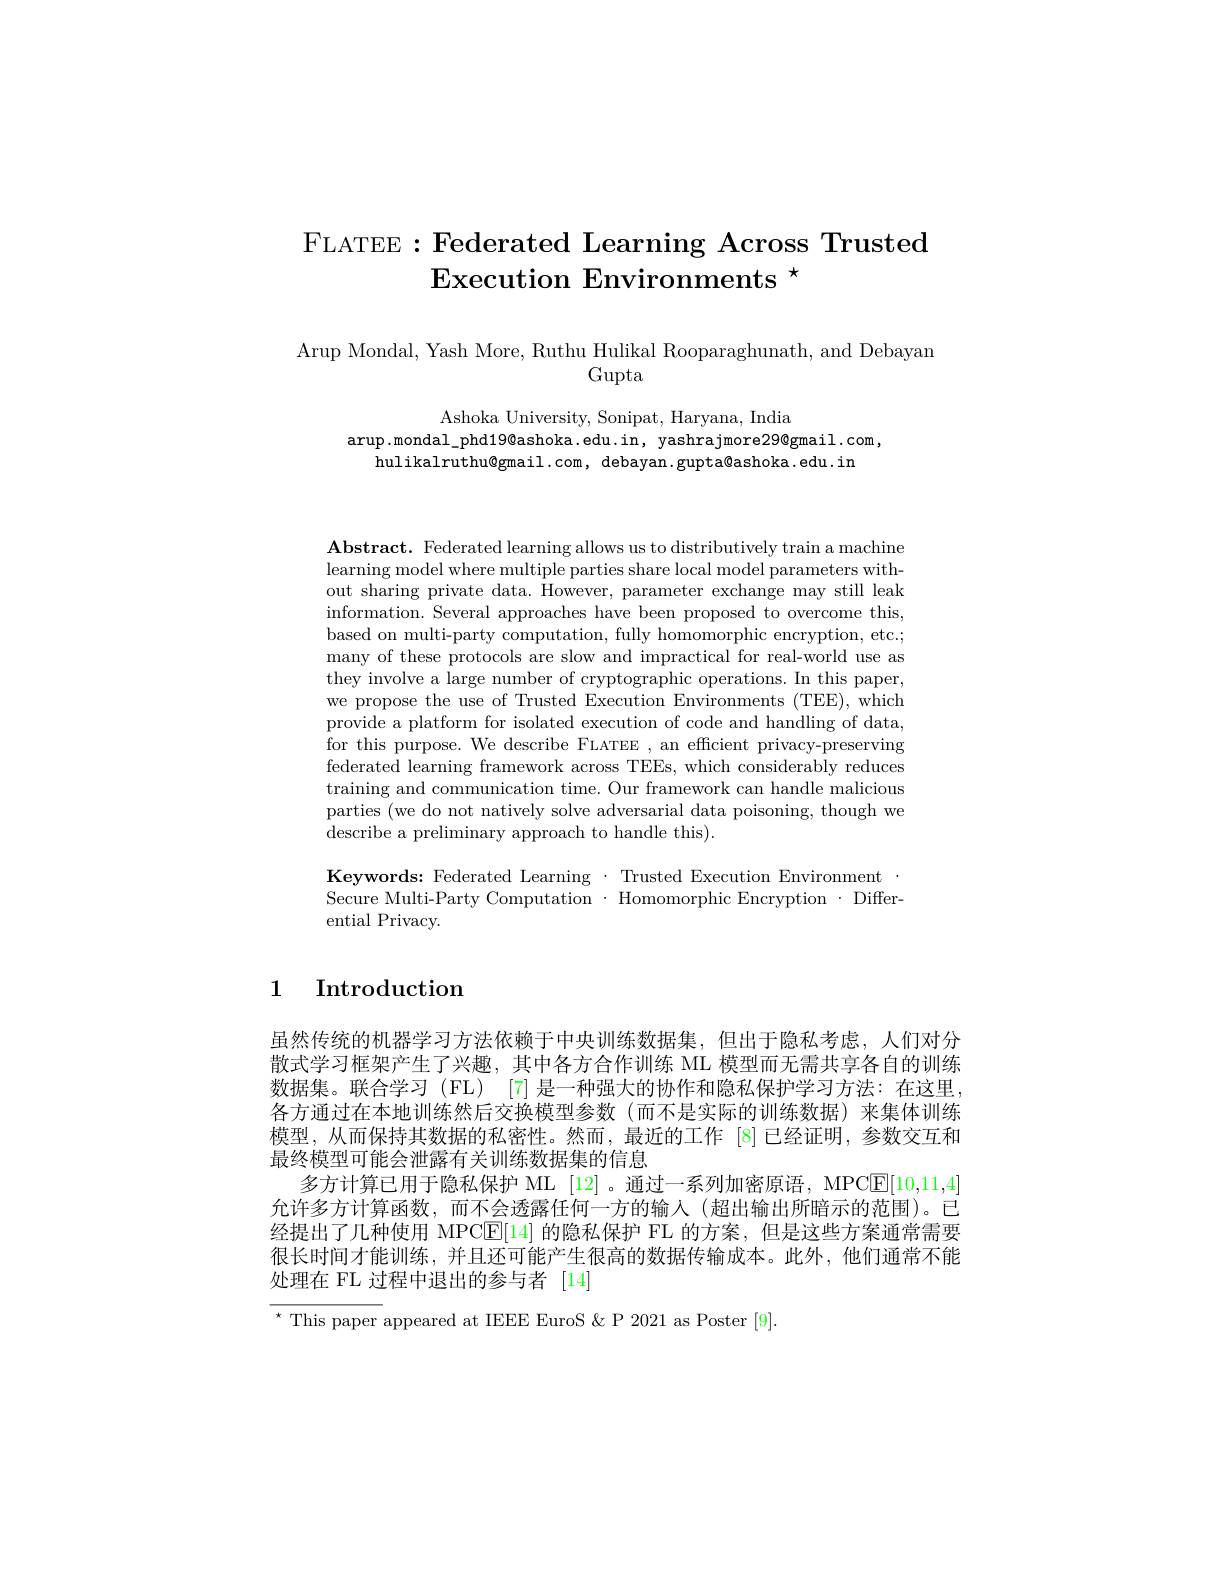
# $\mathrm{F}_{\mathrm{LATEE}}:$Federated Learning Across Trusted $\mathbf{E} \text{xecution Environments }^{\star }$

Arup Mondal, Yash More, Ruthu Hulikal Rooparaghunath, and Debayan
Gupta

Ashoka University, Sonipat, Haryana, India
arup.mondal_phd19@ashoka.edu.in, yashrajmore29@gmail.com,
hulikalruthu@gmail.com, debayan.gupta@ashoka.edu.in

$\mathbf{Abstract.~Federated~learning~allows~us~to~distributively~train~a~machine}$ learning model where multiple parties share local model parameters without sharing private data. However, parameter exchange may still leak information. Several approaches have been proposed to overcome this, based on multi-party computation, fully homomorphic encryption, etc.; many of these protocols are slow and impractical for real-world use as they involve a large number of cryptographic operations. In this paper, we propose the use of Trusted Execution Environments (TEE), which provide a platform for isolated execution of code and handling of data, for this purpose. We describe FLATEE , an efficient privacy-preserving federated learning framework across TEEs, which considerably reduces training and communication time. Our framework can handle malicious parties (we do not natively solve adversarial data poisoning, though we describe a preliminary approach to handle this).

$\begin{array}{l}{\mathbf{Keywords:~Federated~Learning~}\cdot~\mathrm{Trusted~Execution~Environment~}.}\\{\mathrm{Secure~Multi-Party~Computation~}\cdot~\mathrm{Homomorphic~Encryption~}\cdot~\mathrm{Differ}.}\end{array}$
ential Privacy.

1 Introduction

虽然传统的机器学习方法依赖于中央训练数据集，但出于隐私考虑，人们对分散式学习框架产生了兴趣，其中各方合作训练 ML 模型而无需共享各自的训练数据集。联合学习(FL) [7]是一种强大的协作和隐私保护学习方法：在这里各方通过在本地训练然后交换模型参数 (而不是实际的训练数据) 来集体训练模型，从而保持其数据的私密性。然而，最近的工作 [8]已经证明，参数交互和最终模型可能会泄露有关训练数据集的信息
多方计算已用于隐私保护 ML [12]。通过一系列加密原语，MPClE[10,11,4] 允许多方计算函数，而不会透露任何一方的输入(超出输出所暗示的范围)。已经提出了几种使用 MPCE[14] 的隐私保护 FL 的方案，但是这些方案通常需要很长时间才能训练，并且还可能产生很高的数据传输成本。此外，他们通常不能处理在 FL 过程中退出的参与者[14]
$^{\star}$ This paper appeared at IEEE EuroS & P 2021 as Poster [9].